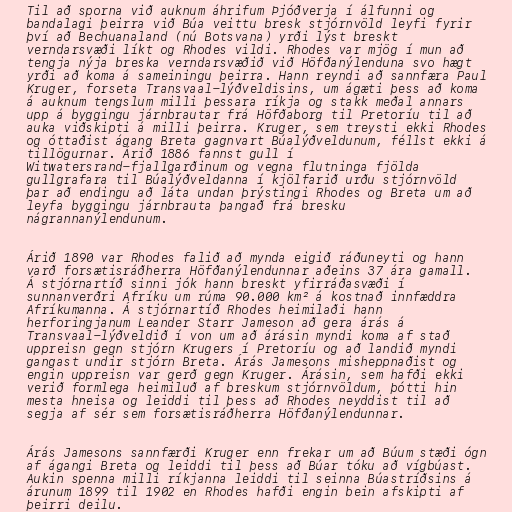
Til að sporna við auknum áhrifum Þjóðverja í álfunni og
bandalagi þeirra við Búa veittu bresk stjórnvöld leyfi fyrir
því að Bechuanaland (nú Botsvana) yrði lýst breskt
verndarsvæði líkt og Rhodes vildi. Rhodes var mjög í mun að
tengja nýja breska verndarsvæðið við Höfðanýlenduna svo hægt
yrði að koma á sameiningu þeirra. Hann reyndi að sannfæra Paul
Kruger, forseta Transvaal-lýðveldisins, um ágæti þess að koma
á auknum tengslum milli þessara ríkja og stakk meðal annars
upp á byggingu járnbrautar frá Höfðaborg til Pretoríu til að
auka viðskipti á milli þeirra. Kruger, sem treysti ekki Rhodes
og óttaðist ágang Breta gagnvart Búalýðveldunum, féllst ekki á
tillögurnar. Árið 1886 fannst gull í
Witwatersrand-fjallgarðinum og vegna flutninga fjölda
gullgrafara til Búalýðveldanna í kjölfarið urðu stjórnvöld
þar að endingu að láta undan þrýstingi Rhodes og Breta um að
leyfa byggingu járnbrauta þangað frá bresku
nágrannanýlendunum.

Árið 1890 var Rhodes falið að mynda eigið ráðuneyti og hann
varð forsætisráðherra Höfðanýlendunnar aðeins 37 ára gamall.
Á stjórnartíð sinni jók hann breskt yfirráðasvæði í
sunnanverðri Afríku um rúma 90.000 km² á kostnað innfæddra
Afríkumanna. Á stjórnartíð Rhodes heimilaði hann
herforingjanum Leander Starr Jameson að gera árás á
Transvaal-lýðveldið í von um að árásin myndi koma af stað
uppreisn gegn stjórn Krugers í Pretoríu og að landið myndi
gangast undir stjórn Breta. Árás Jamesons misheppnaðist og
engin uppreisn var gerð gegn Kruger. Árásin, sem hafði ekki
verið formlega heimiluð af breskum stjórnvöldum, þótti hin
mesta hneisa og leiddi til þess að Rhodes neyddist til að
segja af sér sem forsætisráðherra Höfðanýlendunnar.

Árás Jamesons sannfærði Kruger enn frekar um að Búum stæði ógn
af ágangi Breta og leiddi til þess að Búar tóku að vígbúast.
Aukin spenna milli ríkjanna leiddi til seinna Búastríðsins á
árunum 1899 til 1902 en Rhodes hafði engin bein afskipti af
þeirri deilu.